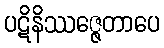
ပဋိနိဿဇ္ဇေတာပေ